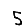
Digit: 5